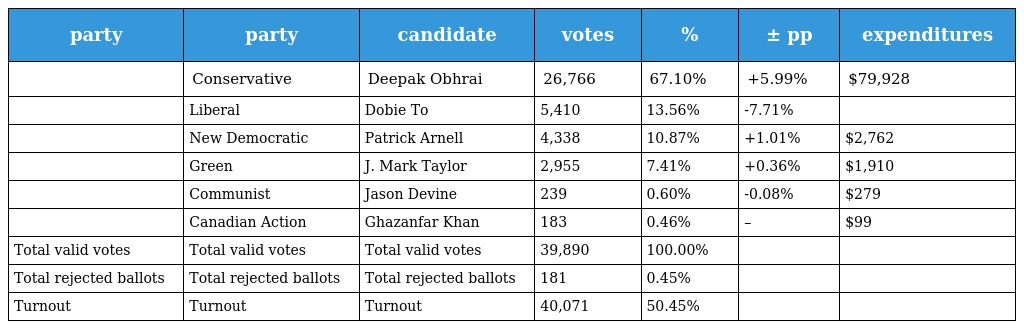
| party | party | candidate | votes | % | ± pp | expenditures |
 | --- | --- | --- | --- | --- | --- | --- |
 |  | Conservative | Deepak Obhrai | 26,766 | 67.10% | +5.99% | $79,928 |
 |  | Liberal | Dobie To | 5,410 | 13.56% | -7.71% |  |
 |  | New Democratic | Patrick Arnell | 4,338 | 10.87% | +1.01% | $2,762 |
 |  | Green | J. Mark Taylor | 2,955 | 7.41% | +0.36% | $1,910 |
 |  | Communist | Jason Devine | 239 | 0.60% | -0.08% | $279 |
 |  | Canadian Action | Ghazanfar Khan | 183 | 0.46% | – | $99 |
 | Total valid votes | Total valid votes | Total valid votes | 39,890 | 100.00% |  |  |
 | Total rejected ballots | Total rejected ballots | Total rejected ballots | 181 | 0.45% |  |  |
 | Turnout | Turnout | Turnout | 40,071 | 50.45% |  |  |